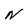
Character: N